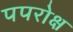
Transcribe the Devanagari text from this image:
पपरोक्ष